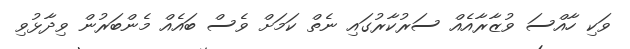
ވަކި ހާއްސަ ވުޒާރާއެއް ސަރުކާރުގައި ނެތް ކަމަށް ވެސް ބައެއް މެންބަރުން ވިދާޅުވި